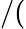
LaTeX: /(